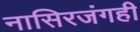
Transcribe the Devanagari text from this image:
नासिरजंगही